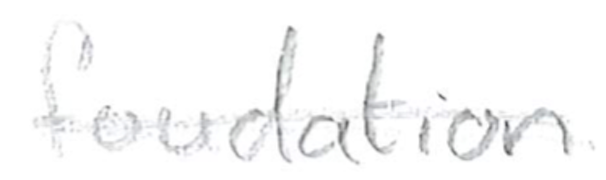
Text: foundation
Cross-out: single-line
Writing tool: pencil